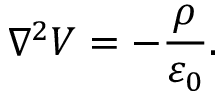
\nabla ^ { 2 } V = - { \frac { \rho } { \varepsilon _ { 0 } } } .